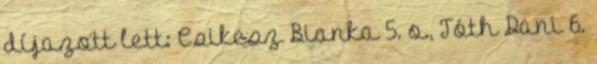
díjazott lett: Csikesz Bianka 5. o., Tóth Dani 6.